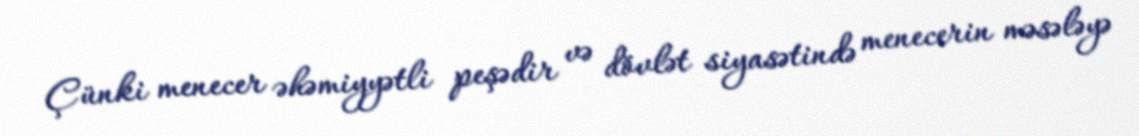
Çünki menecer əhəmiyyətli peşədir və dövlət siyasətində menecerin məsələyə